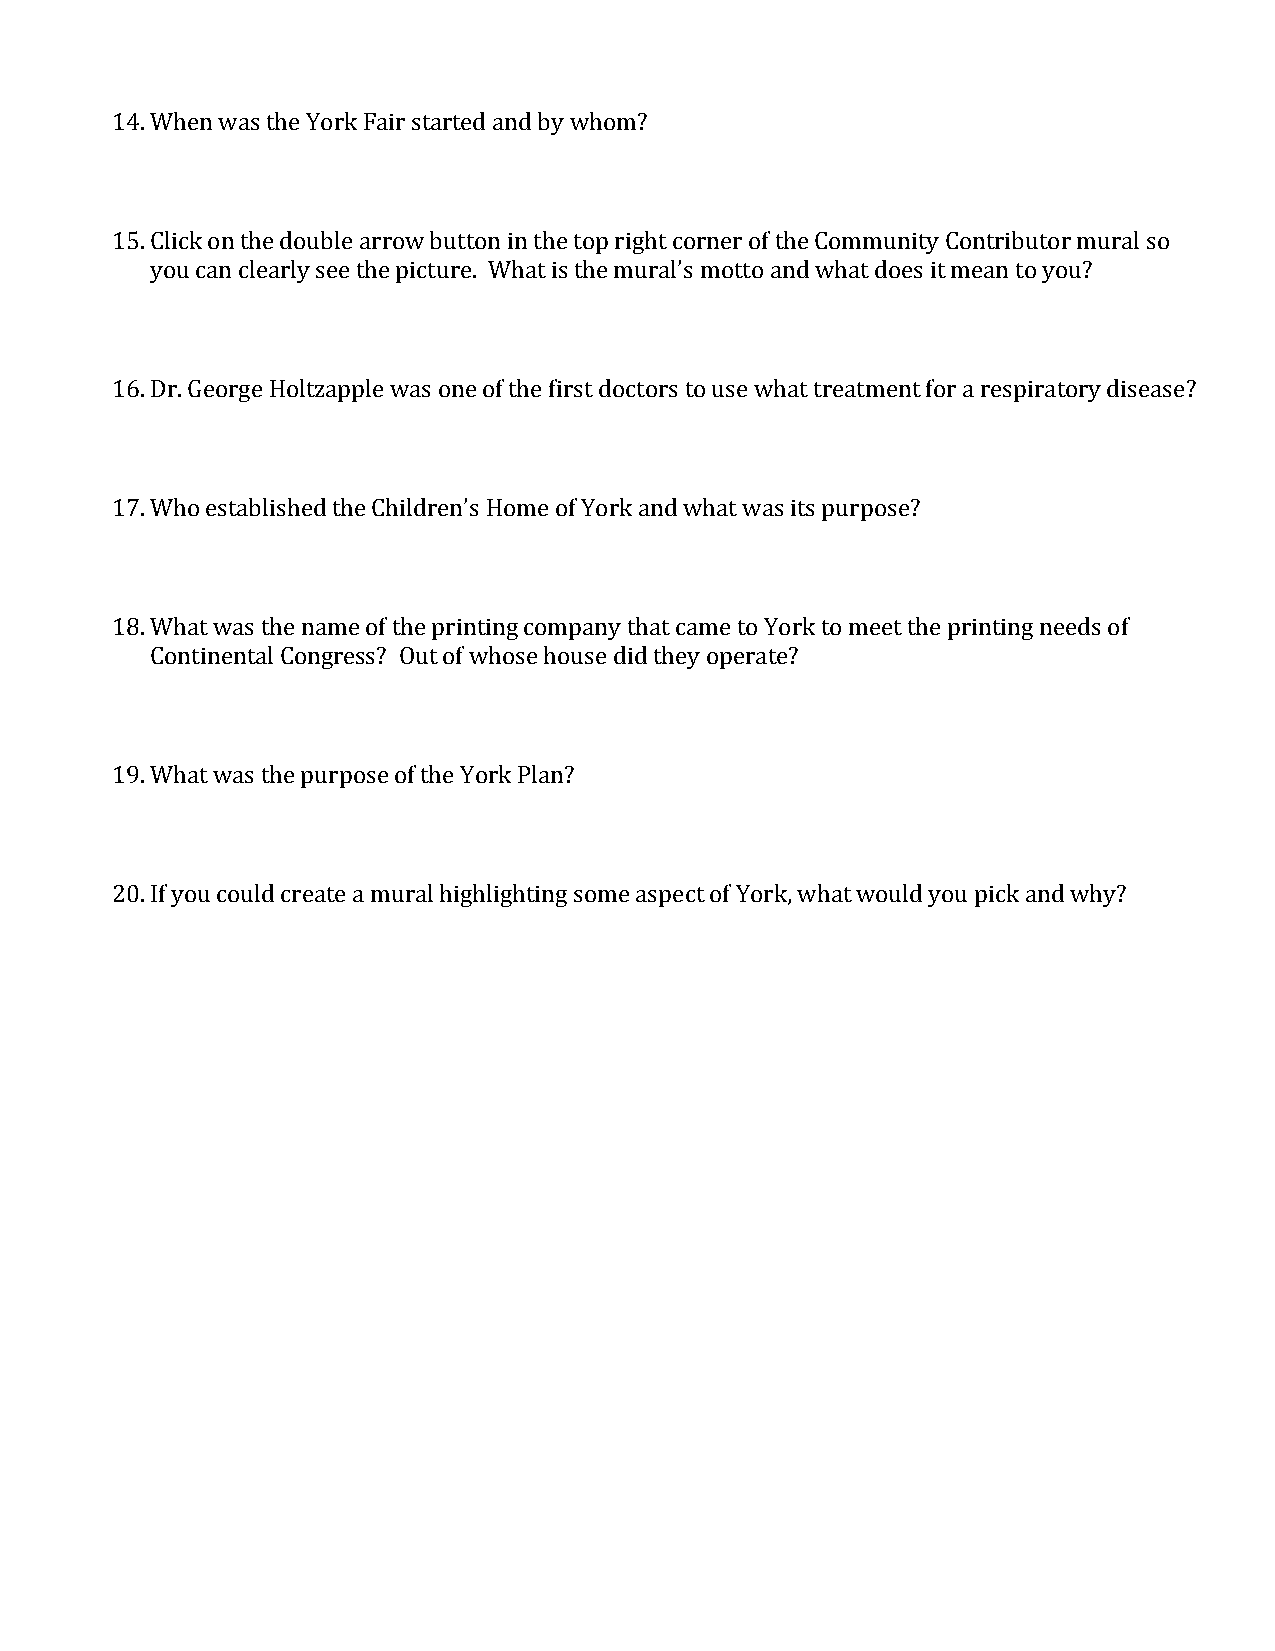
14.When was the York Fair started and by whom?
 15.Click on the double arrow button in the top right corner of the Community Contributor mural so
 you can clearly see the picture. What is the mural’s motto and what does it mean to you?
 16.Dr. George Holtzapple was one of the first doctors to use what treatment for a respiratory disease?
 17.Who established the Children’s Home of York and what was its purpose?
 18.What was the name of the printing company that came to York to meet the printing needs of
 Continental Congress? Out of whose house did they operate?
 19.What was the purpose of the York Plan?
 20.If you could create a mural highlighting some aspect of York, what would you pick and why?